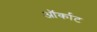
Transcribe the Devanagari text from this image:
ऑर्काट